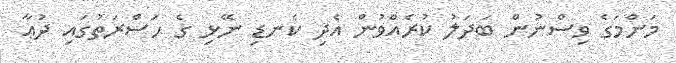
މަންމަގެ ވިސްނުން ބަދަލު ކުރެއްވުން އެދި ކެނޑި ނޭޅި ގެ ޙަޟްރަތުގައި ދުޢާ